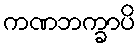
ကဏဘက္ခာပိ